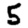
Digit: 5